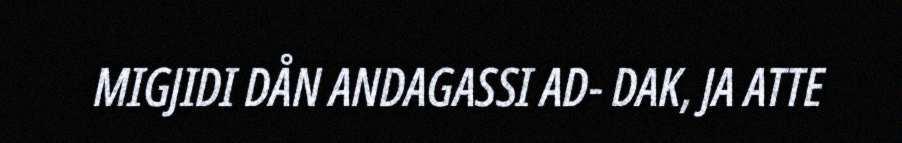
MIGJIDI DÅN ANDAGASSI AD- DAK, JA ATTE